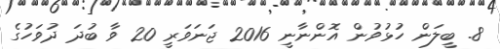
8. ބީލަން ހުޅުވުން އޮންނާނީ 2016 ޖަނަވަރީ 20 ވާ ބުދަ ދުވަހުގެ